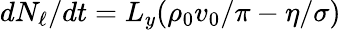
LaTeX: d{N_{\ell}}/dt=L_{y}(\rho_{0}v_{0}/\pi-\eta/\sigma)